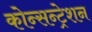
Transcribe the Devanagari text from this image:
कोन्सन्ट्रेशन